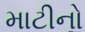
માટીનો